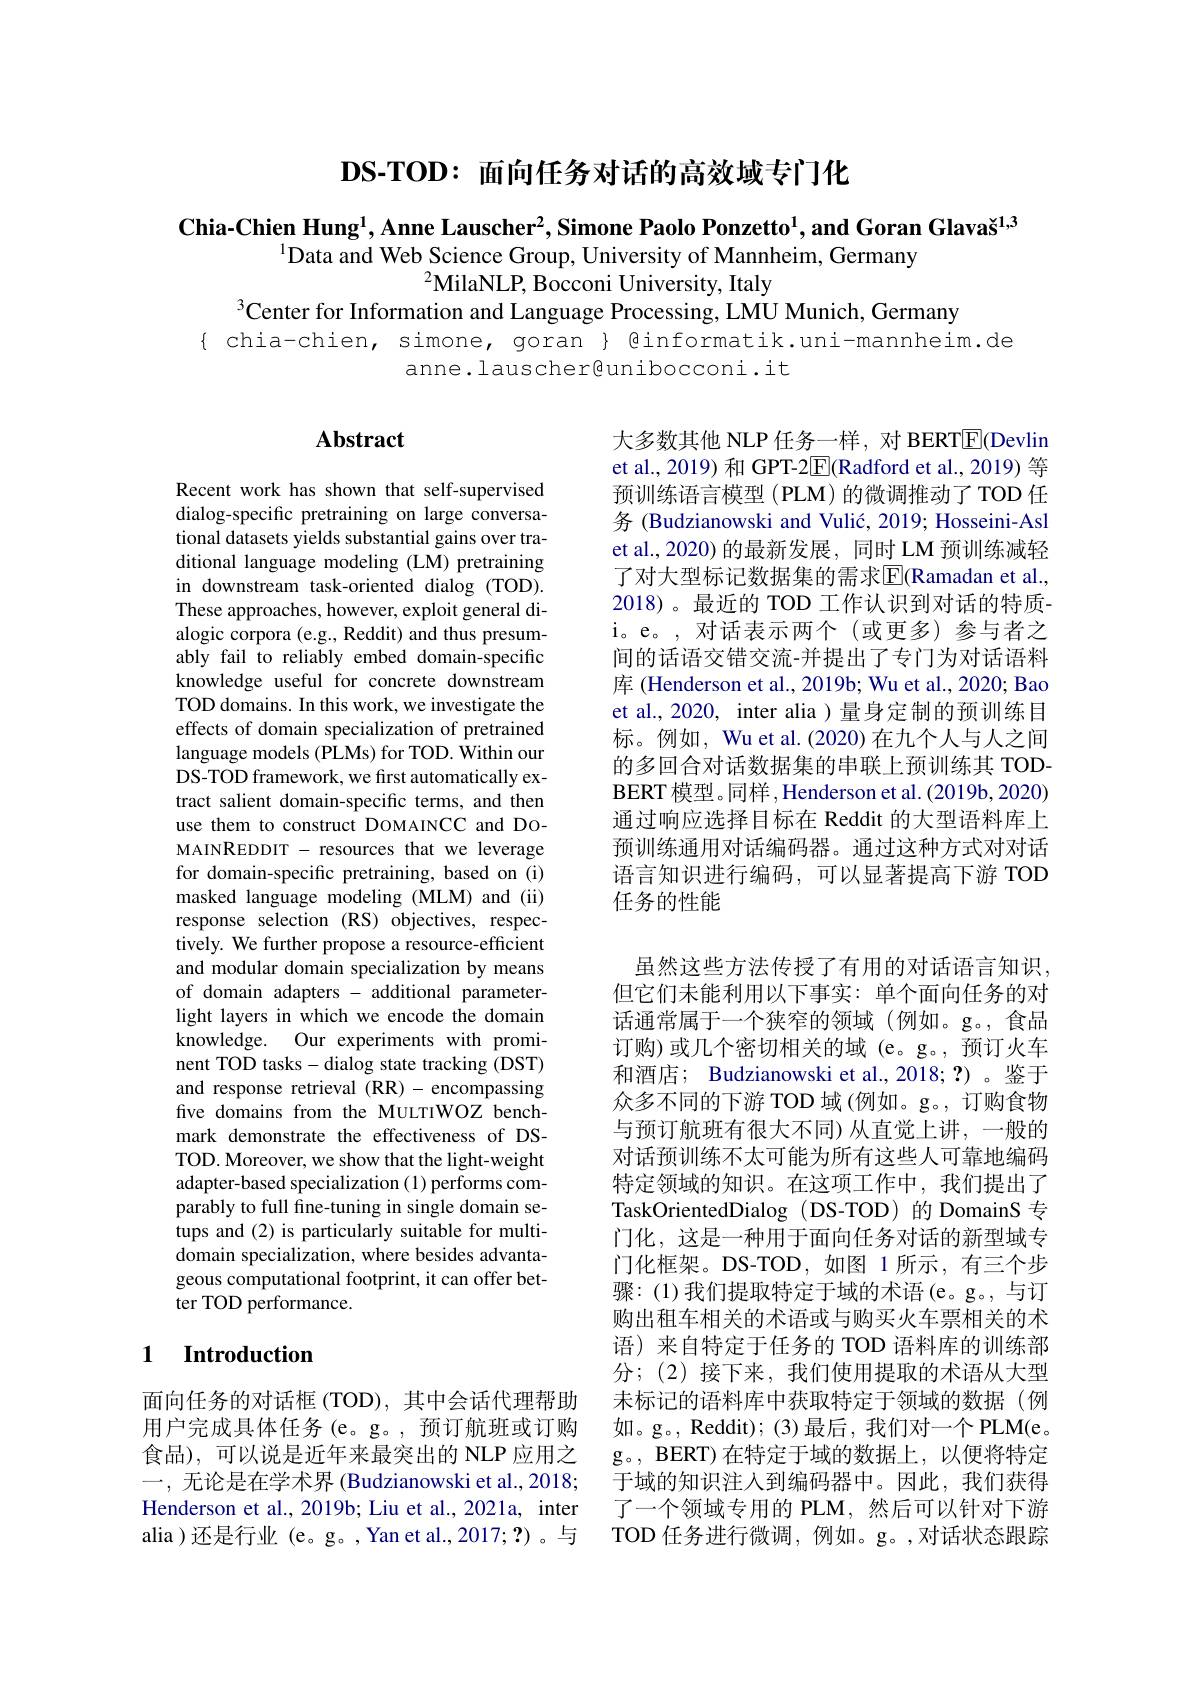
$\mathbf{DS-TOD:}$面向任务对话的高效域专门化

$\textbf{Chia-Chien Hung}^1$,Anne Lauscher$^2$,Simone Paolo Ponzetto$^1$,and Goran Glavaš$^1,3$
$^{1}$Data and Web Science Group, University of Mannheim, Germany
$^{2}$MilaNLP, Bocconi University, Italy
$^{3}$Center for Information and Language Processing, LMU Munich, Germany

$\{$ chia-chien, simone, goran $\}$ @informatik.uni-mannheim.de
anne.lauscher@unibocconi.it

## Abstract

大多数其他 NLP 任务一样，对 BERT$\underline{\mathrm{E}}$(Devlin et al., 2019) 和 GPT-2$\boxed{\mathrm{F}}($Radford et al., 2019) 等预训练语言模型(PLM)的微调推动了TOD 任务 (Budzianowski and Vulić, 2019; Hosseini-Asl et al., 2020) 的最新发展，同时 LM 预训练减轻了对大型标记数据集的需求$\overline{\mathrm{E}}($Ramadan et al. 2018)。最近的 TOD 工作认识到对话的特质i。e。,对话表示两个(或更多)参与者之间的话语交错交流-并提出了专门为对话语料库 (Henderson et al., 2019b; Wu et al., 2020; Bao et al., 2020, inter alia ) 量身定制的预训练目标。例如，Wu et al.(2020)在九个人与人之间的多回合对话数据集的串联上预训练其 TOD BERT 模型。同样，Henderson et al.(2019b,2020) 通过响应选择目标在 Reddit 的大型语料库上预训练通用对话编码器。通过这种方式对对话语言知识进行编码，可以显著提高下游 TOD 任务的性能

Recent work has shown that self-supervised dialog-specific pretraining on large conversational datasets yields substantial gains over traditional language modeling (LM) pretraining in downstream task-oriented dialog (TOD). These approaches, however, exploit general dialogic corpora (e.g., Reddit) and thus presumably fail to reliably embed domain-specific knowledge useful for concrete downstream TOD domains. In this work, we investigate the effects of domain specialization of pretrained language models (PLMs) for TOD. Within our DS-TOD framework, we first automatically extract salient domain-specific terms, and then use them to construct DOMAINCC and DOMAINREDDIT - resources that we leverage for domain-specific pretraining, based on (i) masked language modeling (MLM) and (ii) response selection (RS) objectives, respectively. We further propose a resource-efficient and modular domain specialization by means of domain adapters - additional parameterlight layers in which we encode the domain knowledge. Our experiments with prominent TOD tasks- dialog state tracking (DST) and response retrieval (RR)-encompassing five domains from the MULTIWOZ benchmark demonstrate the effectiveness of DSTOD. Moreover, we show that the light-weight adapter-based specialization (1) performs comparably to full fine-tuning in single domain setups and (2) is particularly suitable for multidomain specialization, where besides advantageous computational footprint, it can offer better TOD performance.

虽然这些方法传授了有用的对话语言知识， 但它们未能利用以下事实：单个面向任务的对话通常属于一个狭窄的领域(例如。g。,食品订购)或几个密切相关的域(e。g。,预订火车和酒店；Budzianowski et al.,2018;?)。鉴于众多不同的下游 TOD 域 (例如。g。, 订购食物与预订航班有很大不同) 从直觉上讲，一般的对话预训练不太可能为所有这些人可靠地编码特定领域的知识。在这项工作中，我们提出了TaskOrientedDialog (DS-TOD) 的 DomainS 专门化，这是一种用于面向任务对话的新型域专门化框架。DS-TOD,如图 1所示，有三个步骤：(1)我们提取特定于域的术语(e。g。, 与订购出租车相关的术语或与购买火车票相关的术语) 来自特定于任务的 TOD 语料库的训练部分；(2)接下来，我们使用提取的术语从大型未标记的语料库中获取特定于领域的数据(例如。g。, Reddit); (3)最后，我们对一个 PLM(e。g。, BERT) 在特定于域的数据上，以便将特定于域的知识注入到编码器中。因此，我们获得了一个领域专用的 PLM,然后可以针对下游TOD 任务进行微调，例如。g。,对话状态跟踪

### 1 $\textbf{Introduction}$

面向任务的对话框 (TOD),其中会话代理帮助用户完成具体任务(e。g。,预订航班或订购食品),可以说是近年来最突出的 NLP 应用之一，无论是在学术界 (Budzianowski et al., 2018; Henderson et al., 2019b; Liu et al., 2021a, inter alia )还是行业 (e。g。,Yan et al.,2017;?)。与